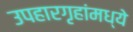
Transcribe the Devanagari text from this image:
उपहारगृहांमध्ये